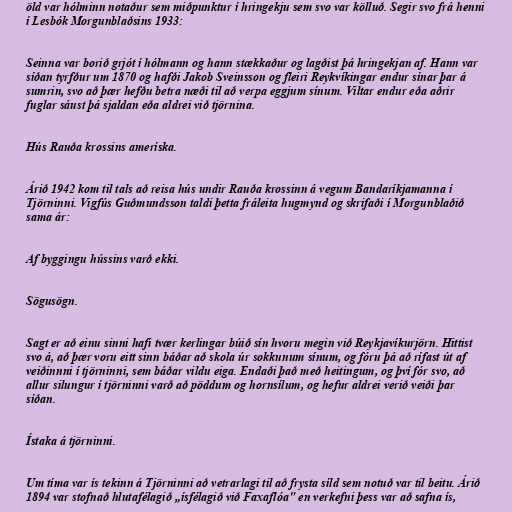
öld var hólminn notaður sem miðpunktur í hringekju sem svo var kölluð. Segir svo frá henni
í Lesbók Morgunblaðsins 1933:

Seinna var borið grjót í hólmann og hann stækkaður og lagðist þá hringekjan af. Hann var
síðan tyrfður um 1870 og hafði Jakob Sveinsson og fleiri Reykvíkingar endur sínar þar á
sumrin, svo að þær hefðu betra næði til að verpa eggjum sínum. Viltar endur eða aðrir
fuglar sáust þá sjaldan eða aldrei við tjörnina.

Hús Rauða krossins ameríska.

Árið 1942 kom til tals að reisa hús undir Rauða krossinn á vegum Bandaríkjamanna í
Tjörninni. Vigfús Guðmundsson taldi þetta fráleita hugmynd og skrifaði í Morgunblaðið
sama ár:

Af byggingu hússins varð ekki.

Sögusögn.

Sagt er að einu sinni hafi tvær kerlingar búið sín hvoru megin við Reykjavíkurjörn. Hittist
svo á, að þær voru eitt sinn báðar að skola úr sokkunum sínum, og fóru þá að rífast út af
veiðinnni í tjörninni, sem báðar vildu eiga. Endaði það með heitingum, og því fór svo, að
allur silungur í tjörninni varð að pöddum og hornsílum, og hefur aldrei verið veiði þar
síðan.

Ístaka á tjörninni.

Um tíma var ís tekinn á Tjörninni að vetrarlagi til að frysta síld sem notuð var til beitu. Árið
1894 var stofnað hlutafélagið „ísfélagið við Faxaflóa" en verkefni þess var að safna ís,